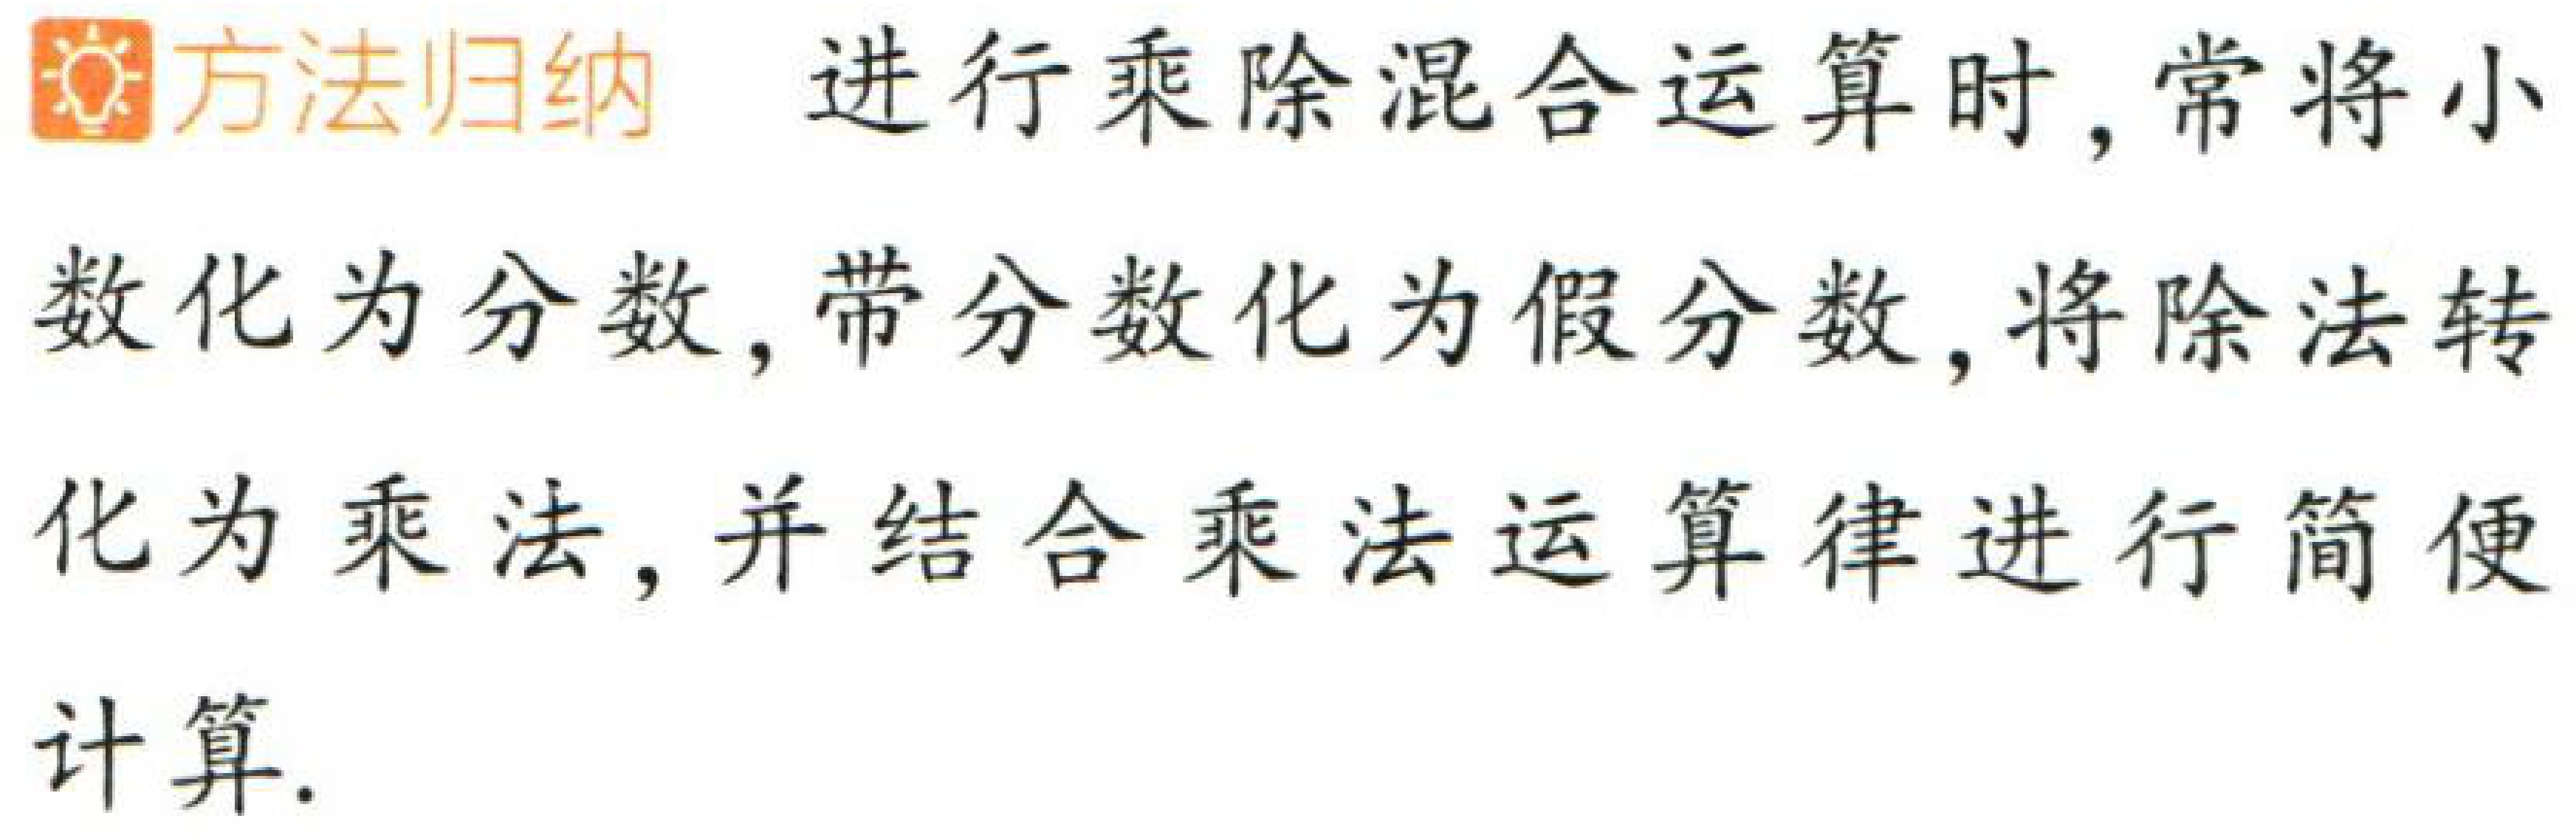
方法归纳 进行乘除混合运算时,常将小数化为分数,带分数化为假分数,将除法转化为乘法,并结合乘法运算律进行简便计算.